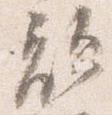
敵